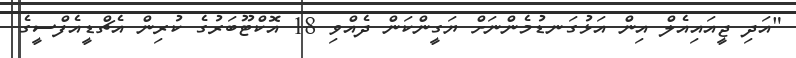
"އަދި ޖީއައިއެލް އިން އަޅުގަނޑުމެންނަށް ޔަގީންކަން ދެއްވި 18 އޮކްޓޫބަރުގެ ކުރިން އެޗްޑީއެފްސީގެ